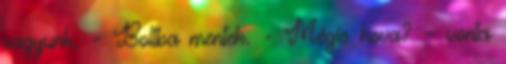
vagyunk. - Boltba mentek. - Mégis hova? – vonta